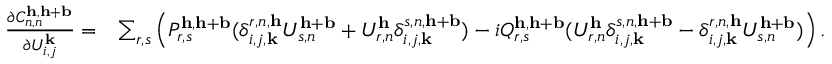
\begin{array} { r l } { \frac { \partial C _ { n , n } ^ { \mathbf { h } , \mathbf { h } + \mathbf { b } } } { \partial U _ { i , j } ^ { \mathbf { k } } } = } & { \sum _ { r , s } \left( P _ { r , s } ^ { \mathbf { h } , \mathbf { h } + \mathbf { b } } ( \delta _ { i , j , \mathbf { k } } ^ { r , n , \mathbf { h } } U _ { s , n } ^ { \mathbf { h } + \mathbf { b } } + U _ { r , n } ^ { \mathbf { h } } \delta _ { i , j , \mathbf { k } } ^ { s , n , \mathbf { h } + \mathbf { b } } ) - i Q _ { r , s } ^ { \mathbf { h } , \mathbf { h } + \mathbf { b } } ( U _ { r , n } ^ { \mathbf { h } } \delta _ { i , j , \mathbf { k } } ^ { s , n , \mathbf { h } + \mathbf { b } } - \delta _ { i , j , \mathbf { k } } ^ { r , n , \mathbf { h } } U _ { s , n } ^ { \mathbf { h } + \mathbf { b } } ) \right) . } \end{array}